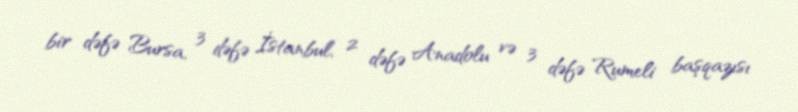
bir dəfə Bursa, 3 dəfə İstanbul, 2 dəfə Anadolu və 3 dəfə Rumeli başqazısı